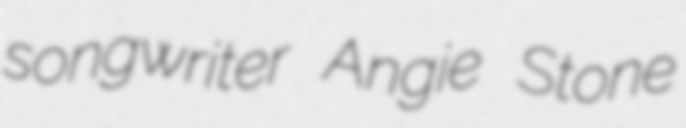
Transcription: songwriter Angie Stone